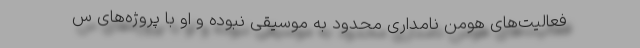
فعالیت‌های هومن نامداری محدود به موسیقی نبوده و او با پروژه‌های س